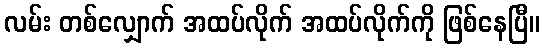
လမ်း တစ်လျှောက် အထပ်လိုက် အထပ်လိုက်ကို ဖြစ်နေပြီ။